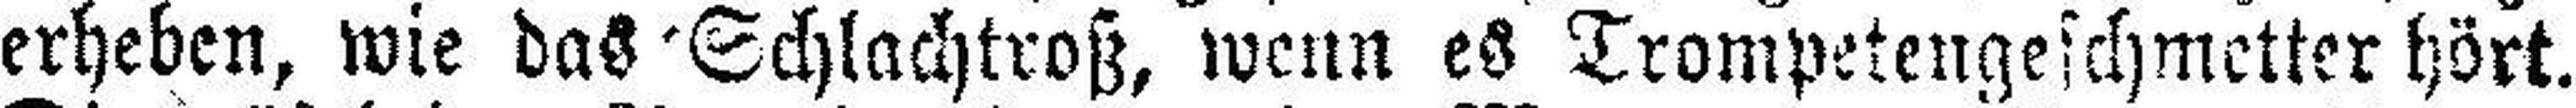
erheben, wie das Schlachtroß, wenn es Trompetengeschmetter hört.